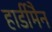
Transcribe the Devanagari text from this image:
हार्डीमैन